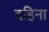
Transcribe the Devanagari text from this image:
दहिना